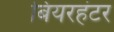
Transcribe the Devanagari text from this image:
बियरहंटर